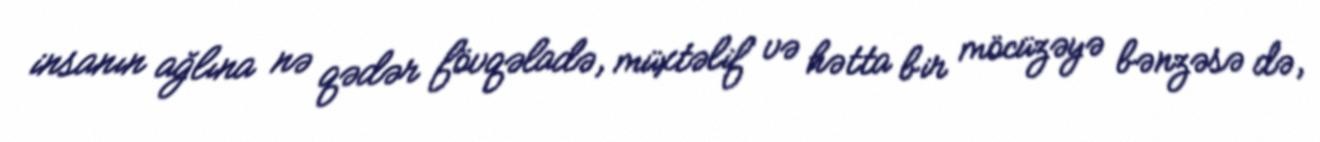
insanın ağlına nə qədər fövqəladə, müxtəlif və hətta bir möcüzəyə bənzəsə də,